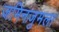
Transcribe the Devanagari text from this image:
जमिनजुमला